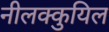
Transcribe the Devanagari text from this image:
नीलक्कुयिल